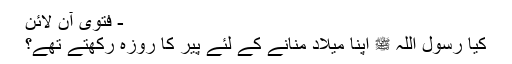
- فتویٰ آن لائن
کیا رسول اللہ ﷺ اپنا میلاد منانے کے لئے پیر کا روزہ رکھتے تھے؟